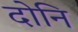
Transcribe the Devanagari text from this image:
दोनि